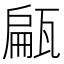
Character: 甂